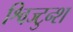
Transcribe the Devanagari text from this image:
श्विज्टुन्श